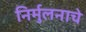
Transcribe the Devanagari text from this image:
निर्मुलनाचे